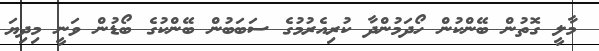
މާލީ ގޮތުން ބޭންކުން ހޯދަމުންދާ ކުރިއެރުމުގެ ސަބަބުން ބޭންކުގެ ބޯޑުން ވަނީ މިދިޔަ